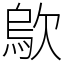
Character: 歍